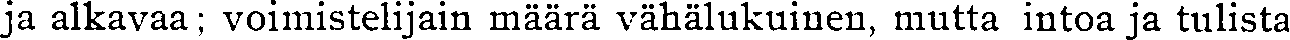
ja alkavaa; voimistelijain määrä vähälukuinen, mutta intoa ja tulista